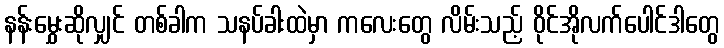
နန်းမွှေးဆိုလျှင် တစ်ခါက သနပ်ခါးထဲမှာ ကလေးတွေ လိမ်းသည့် ဝိုင်အိုလက်ပေါင်ဒါတွေ